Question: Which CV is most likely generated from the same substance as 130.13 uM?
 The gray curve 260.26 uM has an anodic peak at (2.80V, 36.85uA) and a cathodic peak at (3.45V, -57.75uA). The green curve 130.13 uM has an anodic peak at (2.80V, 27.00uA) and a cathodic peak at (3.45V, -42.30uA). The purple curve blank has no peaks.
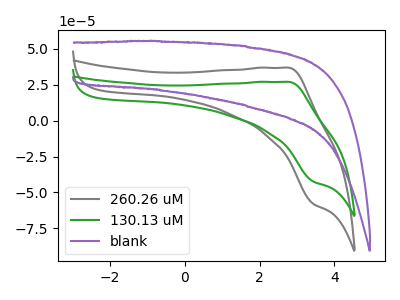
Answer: <think>All the peaks in "260.26 uM" have a peak in "130.13 uM" at the same potential. Every peak in "260.26 uM" is higher than every peak in "130.13 uM". "260.26 uM" and "blank" have a different number of peaks. "130.13 uM" and "blank" have a different number of peaks.
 </think>
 <answer>The CV with the most similar shape to "260.26 uM" is "130.13 uM".</answer>
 <eval>"130.13 uM"</eval>